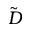
\tilde { D }